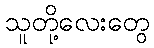
သူတို့လေးတွေ